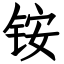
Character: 铵